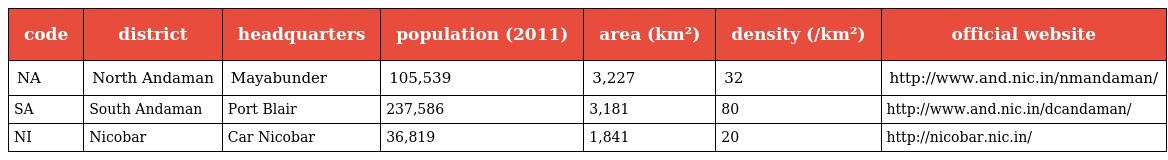
| code | district | headquarters | population (2011) | area (km²) | density (/km²) | official website |
 | --- | --- | --- | --- | --- | --- | --- |
 | NA | North Andaman | Mayabunder | 105,539 | 3,227 | 32 | http://www.and.nic.in/nmandaman/ |
 | SA | South Andaman | Port Blair | 237,586 | 3,181 | 80 | http://www.and.nic.in/dcandaman/ |
 | NI | Nicobar | Car Nicobar | 36,819 | 1,841 | 20 | http://nicobar.nic.in/ |